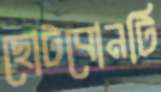
ছোটবোনটি